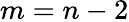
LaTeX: m=n-2